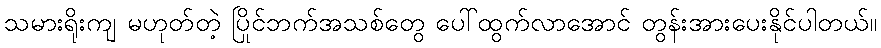
သမားရိုးကျ မဟုတ်တဲ့ ပြိုင်ဘက်အသစ်တွေ ပေါ်ထွက်လာအောင် တွန်းအားပေးနိုင်ပါတယ်။